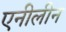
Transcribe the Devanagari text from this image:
एनीलीन